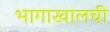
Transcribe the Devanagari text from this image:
भागाखालची